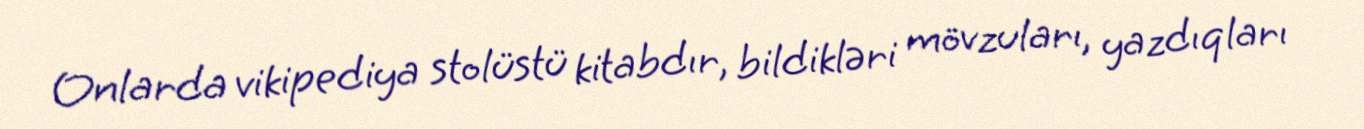
Onlarda vikipediya stolüstü kitabdır, bildikləri mövzuları, yazdıqları